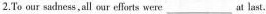
2.To our sadness, all our efforts were___at last.